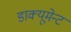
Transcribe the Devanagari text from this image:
डाक्यूमेन्ट